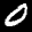
Label: 0